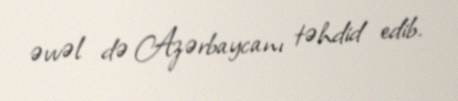
əvvəl də Azərbaycanı təhdid edib.